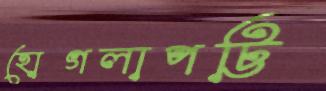
হোগলাপট্টি